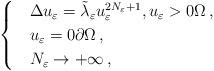
LaTeX: \begin{align*}\begin{cases}&\Delta u_\varepsilon=\tilde{\lambda}_\varepsilon u_\varepsilon^{2N_\varepsilon+1}, u_\varepsilon>0\Omega\,,\\& u_\varepsilon=0\partial\Omega\,,\\& N_\varepsilon\to +\infty\,,\end{cases}\end{align*}